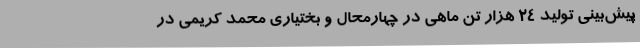
پیش‌بینی تولید 24 هزار تن ماهی در چهارمحال و بختیاری محمد کریمی در